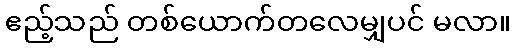
ဧည့်သည် တစ်ယောက်တလေမျှပင် မလာ။